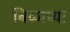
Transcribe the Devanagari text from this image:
बिळाच्या